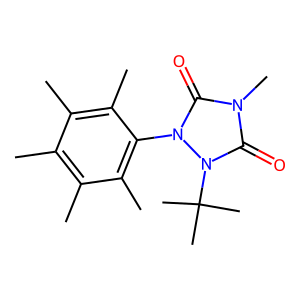
SMILES: Cc1c(C)c(C)c(-n2c(=O)n(C)c(=O)n2C(C)(C)C)c(C)c1C
Inhibits HIV replication: No